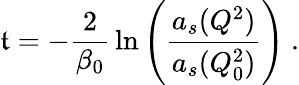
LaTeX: \mathfrak{t}=-{\frac{{2}}{{\beta_{0}}}}\ln\left({\frac{{a_{s}(Q^{2})}}{{a_{s}(Q_{0}^{2})}}}\right)~.